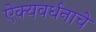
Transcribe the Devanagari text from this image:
ऐक्यवर्धनाचे